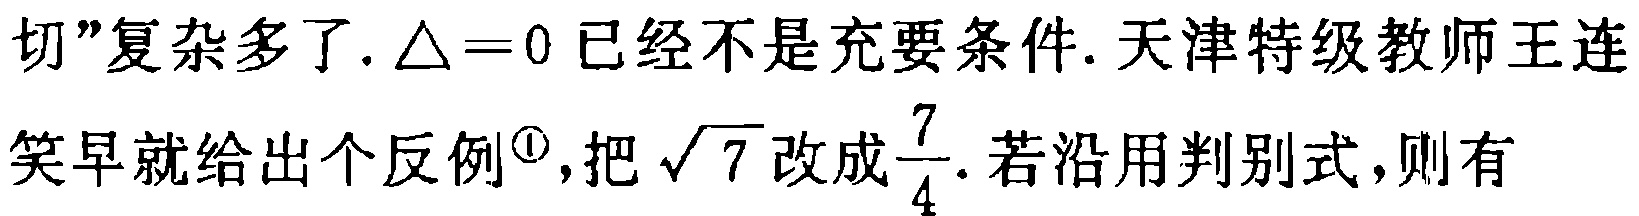
切”复杂多了.$\triangle =0$已经不是充要条件. 天津特级教师王连
笑早就给出个反例\textsuperscript{\textcircled{1}},把$\sqrt{7}$改成$\dfrac{7}{4}$. 若沿用判别式,则有